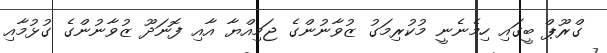
ގްރޫޕް ބީގައި ހިމެނެނީ މުކުރިމަގު ޒުވާނުންގެ ޖަމިއްޔާ އާއި ފޮނަދޫ ޒުވާނުންގެ ގުޅުމާއި